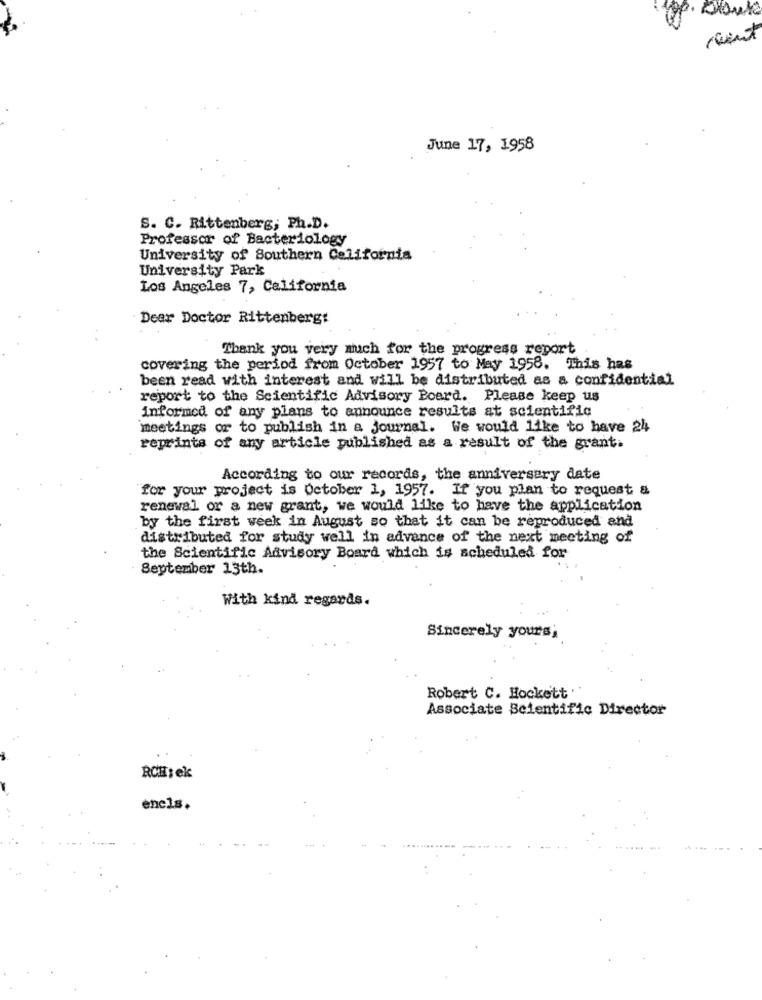
cent
June 17, 1958
S. C. Rittenberg; Ph.D.
Professor of Bacteriology
University of Southern California
University Park
Los Angeles 7, California
Dear Doctor Rittenberg:
Thank you very much for the progress report
covering the period from October 1957 to May 1958. This has
been read with interest and will be distributed as a confidential
report to the Scientific Advisory Board. Please keep us
informed of any plans to announce results at scientific
meetings or to publish in a journal. We would like to have 24
reprints of any article published as a result of the grant.
According to our records, the anniversery date
for your project is October 1, 1957. If you plan to request &
renewal or a new grant, we would like to have the application
by the first week in August so that it can be reproduced and
distributed for study well in advance of the next meeting of
the Scientific Advisory Board which is scheduled for
September 13th.
With kind regards.
Sincerely yours;
Robert C. Hockett ."
Associate Scientific Director
RCH: ek
encls.